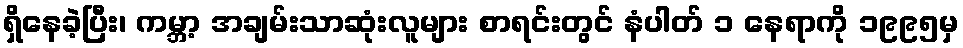
ရှိနေခဲ့ပြီး၊ ကမ္ဘာ့ အချမ်းသာဆုံးလူများ စာရင်းတွင် နံပါတ် ၁ နေရာကို ၁၉၉၅မှ